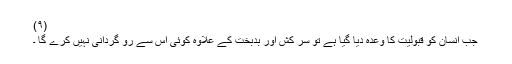
(۹)
جب انسان کو قبولیت کا وعدہ دیا گیا ہے تو سر کش اور بدبخت کے علاوہ کوئی اس سے رو گردانی نہیں کرے گا ۔